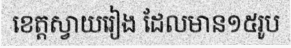
ខេត្តស្វាយរៀង ដែលមាន១៥រូប